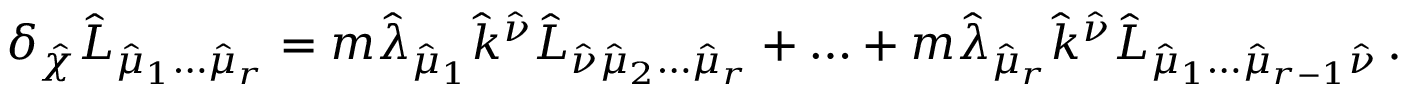
\delta _ { \hat { \chi } } \hat { L } _ { \hat { \mu } _ { 1 } \ldots \hat { \mu } _ { r } } = m \hat { \lambda } _ { \hat { \mu } _ { 1 } } \hat { k } ^ { \hat { \nu } } \hat { L } _ { \hat { \nu } \hat { \mu } _ { 2 } \ldots \hat { \mu } _ { r } } + \ldots + m \hat { \lambda } _ { \hat { \mu } _ { r } } \hat { k } ^ { \hat { \nu } } \hat { L } _ { \hat { \mu } _ { 1 } \ldots \hat { \mu } _ { r - 1 } \hat { \nu } } \, .